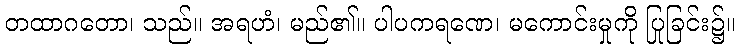
တထာဂတော၊ သည်။ အရဟံ၊ မည်၏။ ပါပကရဏေ၊ မကောင်းမှုကို ပြုခြင်း၌။